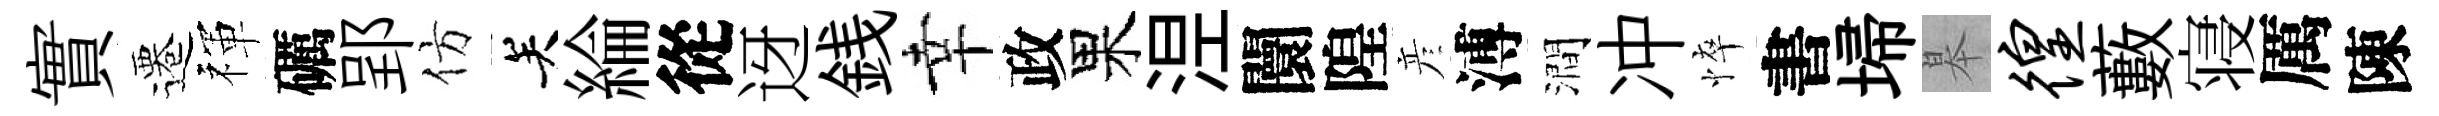
實遷禈礪郢仿关綸從迓銭幸政果𣵀闤隍彦溥澗冲悴書埽皋徨藪寝厲陳